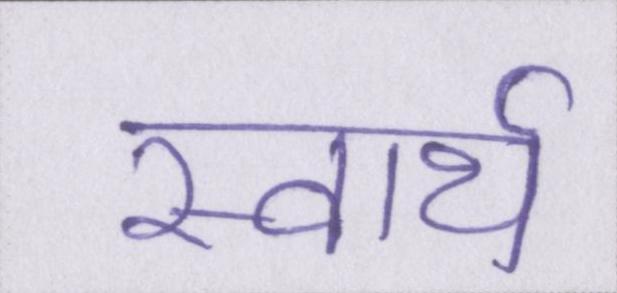
स्वार्थ